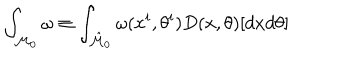
LaTeX: \int _ { { \cal M } _ { 0 } } \omega \equiv \int _ { \hat { \cal M } _ { 0 } } \omega ( x ^ { i } , \theta ^ { i } ) D ( x , \theta ) [ d x d \theta ]